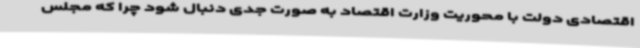
اقتصادی دولت با محوریت وزارت اقتصاد به صورت جدی دنبال شود چرا که مجلس